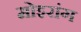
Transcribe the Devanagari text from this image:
मोइरांग